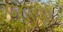
જીવા